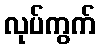
လုပ်ကွက်